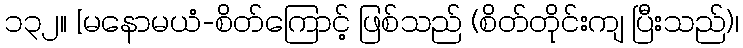
၁၃၂။ [မနောမယံ-စိတ်ကြောင့် ဖြစ်သည် (စိတ်တိုင်းကျ ပြီးသည်)၊